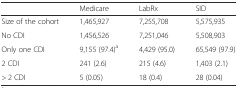
<table><thead><tr><td></td><td><b>Medicare</b></td><td><b>LabRx</b></td><td><b>SID</b></td></tr></thead><tbody><tr><td>Size of the cohort</td><td>1,465,927</td><td>7,255,708</td><td>5,575,935</td></tr><tr><td>No CDI</td><td>1,456,526</td><td>7,251,046</td><td>5,508,903</td></tr><tr><td>Only one CDI</td><td>9,155 (97.4)<sup>a</sup></td><td>4,429 (95.0)</td><td>65,549 (97.9)</td></tr><tr><td>2 CDI</td><td>241 (2.6)</td><td>215 (4.6)</td><td>1,403 (2.1)</td></tr><tr><td>&gt; 2 CDI</td><td>5 (0.05)</td><td>18 (0.4)</td><td>28 (0.04)</td></tr></tbody></table>